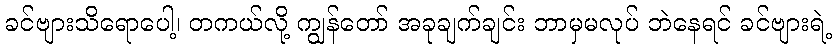
ခင်ဗျားသိရောပေါ့၊ တကယ်လို့ ကျွန်တော် အခုချက်ချင်း ဘာမှမလုပ် ဘဲနေရင် ခင်ဗျားရဲ့